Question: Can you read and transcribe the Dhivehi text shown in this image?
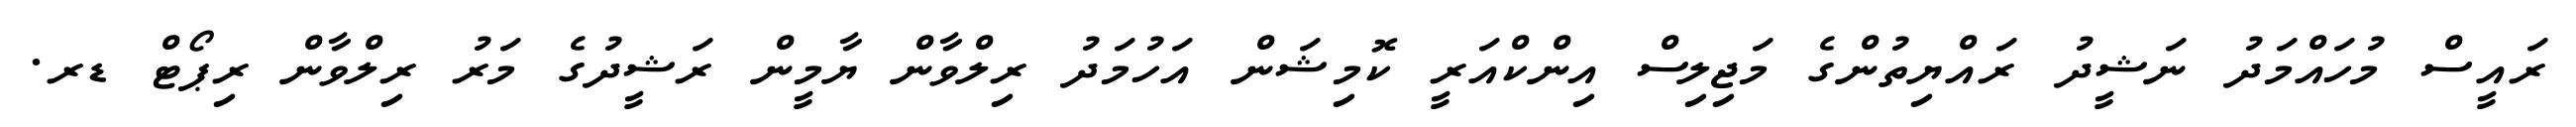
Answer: ރައީސް މުހައްމަދު ނަޝީދު ރައްޔިތުންގެ މަޖިލިސް އިންކްއަރީ ކޮމިޝަން އަހުމަދު ރިލްވާން ޔާމީން ރަޝީދުގެ މަރު ރިލްވާން ރިޕޯޓް ޑރ.